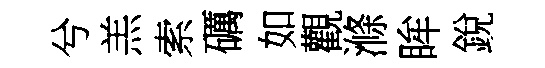
兮羔索礪如觀滌眸銳